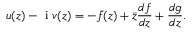
u ( z ) - \mathrm { ~ i ~ } v ( z ) = - \bar { f } ( z ) + \bar { z } \frac { d f } { d z } + \frac { d g } { d z } .